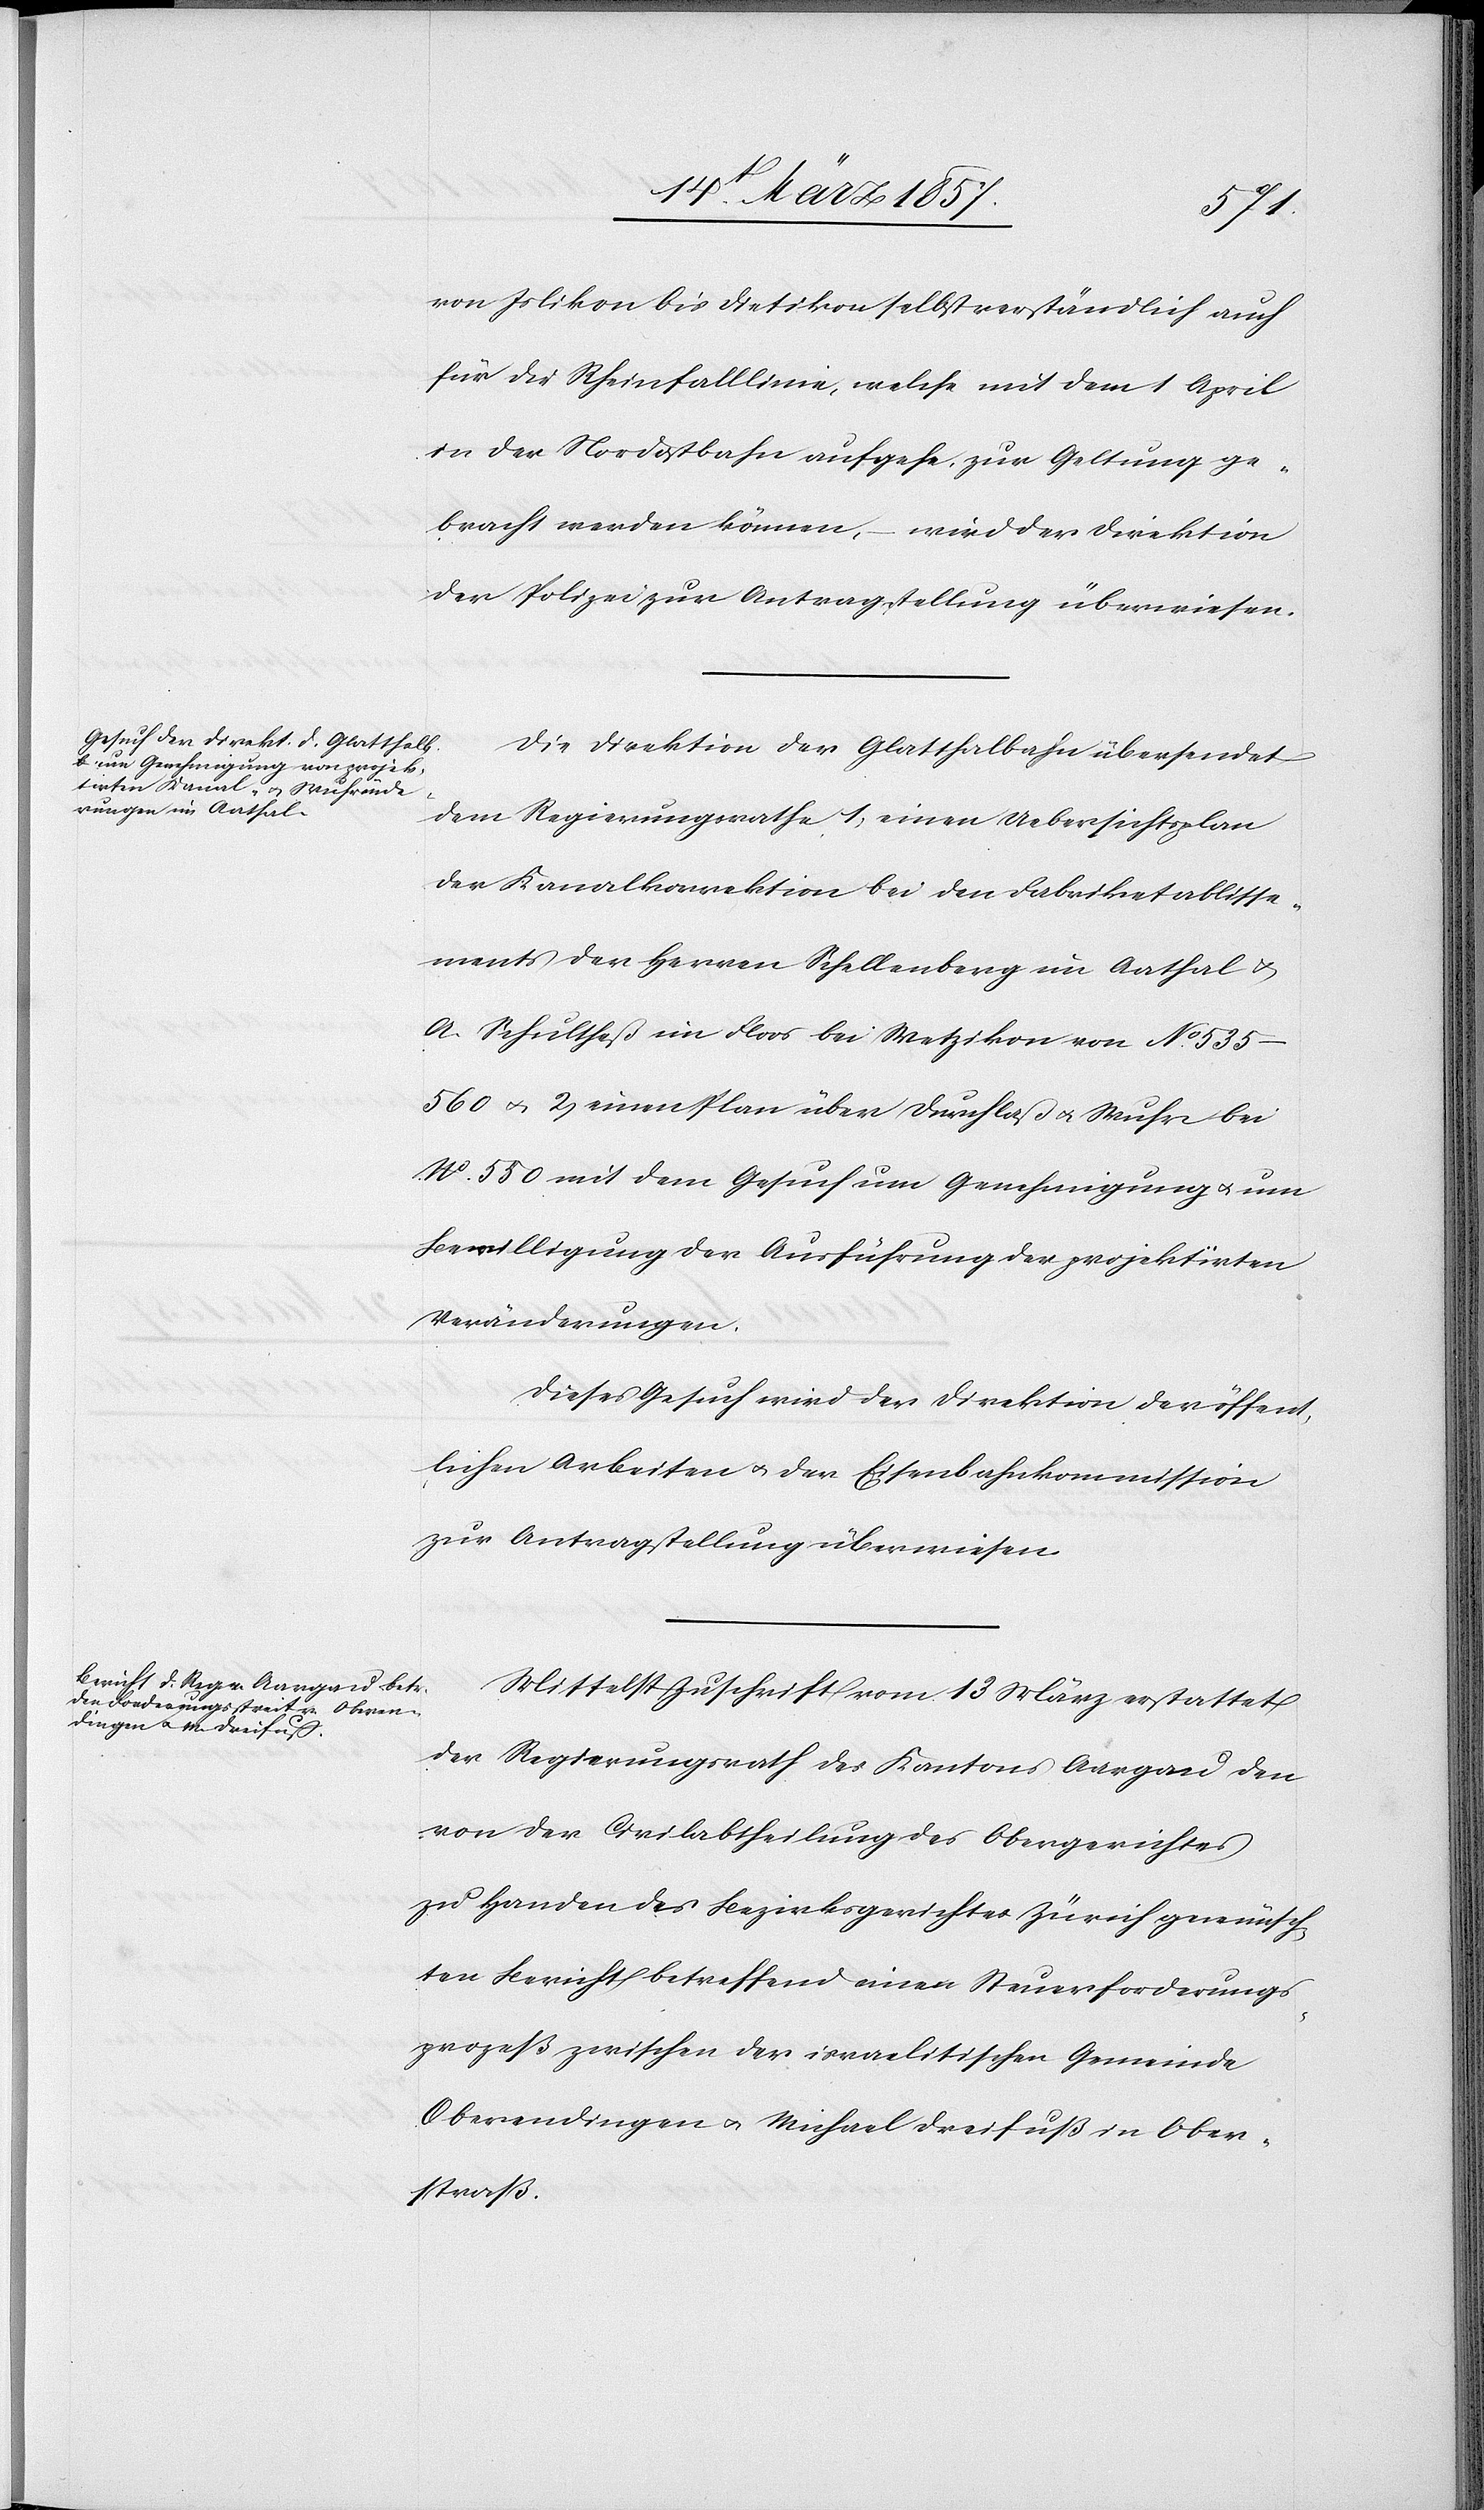
der
von Islikon bis Dietikon selbst verständlich auch
für die Rheinfalllinie, welche mit dem 1 April
in der Nordostbahn aufgehe, zur Geltung ge¬
bracht werden können, wird der Direktion
der Polizei zur Antragstellung überwiesen.
Die Direktion der Glatthalbahn übersendet
dem Regierungsrathe, 1) einen Uebersichtsplan
der Kanalkorrektion bei den Fabriketablisse¬
ments der Herren Schellenberg im Aathal u.
A. Schultheß im Floos bei Wetzikon von No
535–560 u. 2) einen Plan über Durchlaß u. Wuhr bei
No 550 mit dem Gesuch um Genehmigung u. um
Bewilligung der Ausführung der projektirten
Veränderungen.
Dieses Gesuch wird der Direktion der öffent¬
lichen Arbeiten u. der Eisenbahnkommission
zur Antragstellung überwiesen.
Mittelst Zuschrift vom 13 März erstattet
der Regierungsrath des Kantons Aargau den
von der Civilabtheilung des Obergerichtes
zu Handen des Bezirksgerichtes Zürich gewünschten
Oberendingen u. Michael Dreifuß in Ober¬
straß.